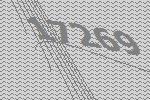
17269